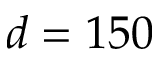
d = 1 5 0